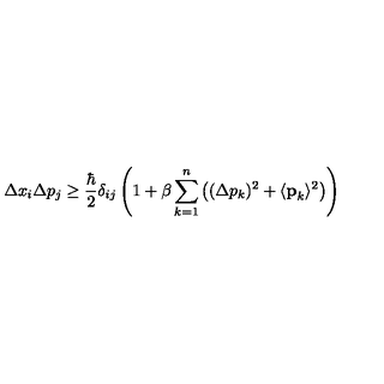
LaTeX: \Delta x _ { i } \Delta p _ { j } \ge \frac { \hbar } { 2 } \delta _ { i j } \left( 1 + \beta \sum _ { k = 1 } ^ { n } \left( ( \Delta p _ { k } ) ^ { 2 } + \langle { \bf { p } } _ { k } \rangle ^ { 2 } \right) \right)